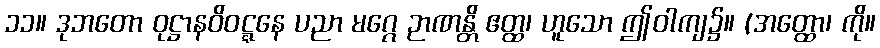
၁၁။ ဒုဘတော ဝုဋ္ဌာနဝိဝဋ္ဋနေ ပညာ မဂ္ဂေ ဉာဏန္တိ ဧတ္ထ၊ ဟူသော ဤဝါကျ၌။ (အတ္ထော၊ ကို။